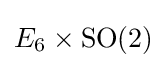
E_{6}\times \mathrm {SO} (2)